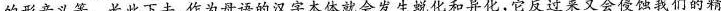
的形音义等。长此下去，作为母语的汉字本体就会发生蜕化和异化，它反过来又会侵蚀我们的精